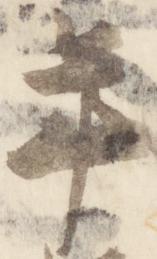
年